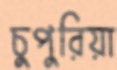
চুপুরিয়া